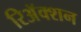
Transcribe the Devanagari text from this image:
रिअॅक्शन